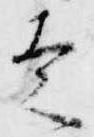
走